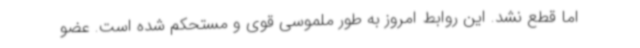
اما قطع نشد. این روابط امروز به طور ملموسی قوی و مستحکم شده است. عضو